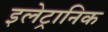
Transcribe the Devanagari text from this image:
इलेट्रानिक